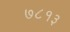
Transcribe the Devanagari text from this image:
७८१३